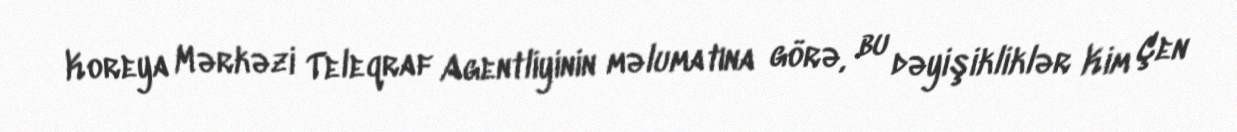
Koreya Mərkəzi Teleqraf Agentliyinin məlumatına görə, bu dəyişikliklər Kim Çen